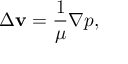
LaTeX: \Delta { \bf v } = \frac { 1 } { \mu } \nabla p ,